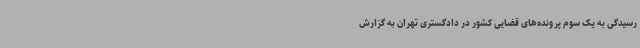
رسیدگی به یک سوم پرونده‌های قضایی کشور در دادگستری تهران به گزارش